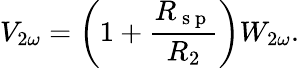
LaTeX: V_{2\omega}=\left(1+\frac{R_{\mathrm{~s~p~}}}{R_{2}}\right)W_{2\omega}{.}